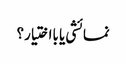
نمائشی یا بااختیار؟